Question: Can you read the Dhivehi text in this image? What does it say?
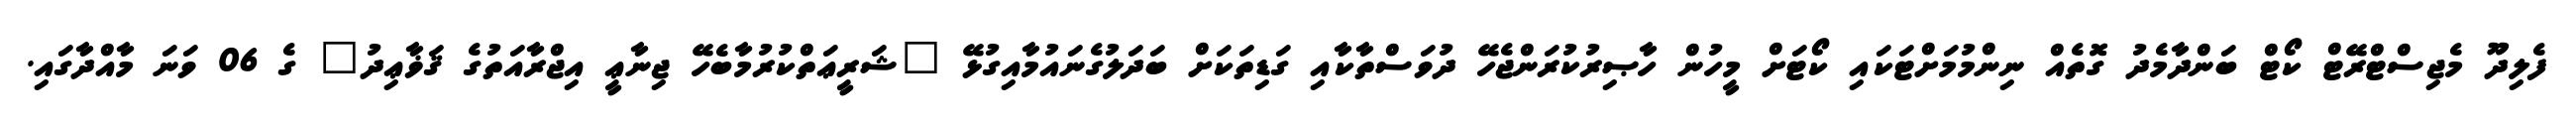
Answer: ފެލިދޫ މެޖިސްޓްރޭޓް ކޯޓް ބަންދާމެދު ގޮތެއް ނިންމުމަށްޓަކައި ކޯޓަށް މީހުން ހާޞިރުކުރަންޖެހޭ ދުވަސްތާކާއި ގަޑިތަކަށް ބަދަލުގެނައުމާއިގުޅޭ "ޝަރީޢަތްކުރުމާބެހޭ ޖިނާޢީ އިޖްރާއަތުގެ ޤަޥާޢިދު" ގެ 06 ވަނަ މާއްދާގައި.